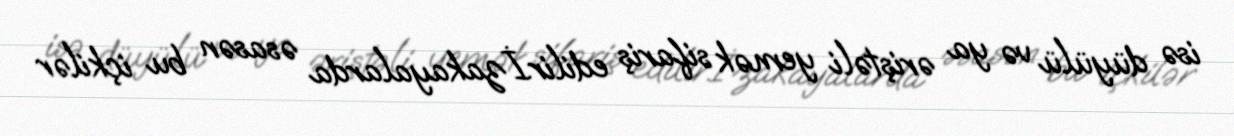
isə düyülü və ya əriştəli yemək sifariş edilir.İzakayalarda əsasən bu içkilər